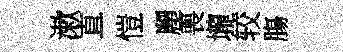
漱直愷麗喪壠较膓